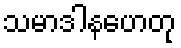
သမာဒါနဟေတု